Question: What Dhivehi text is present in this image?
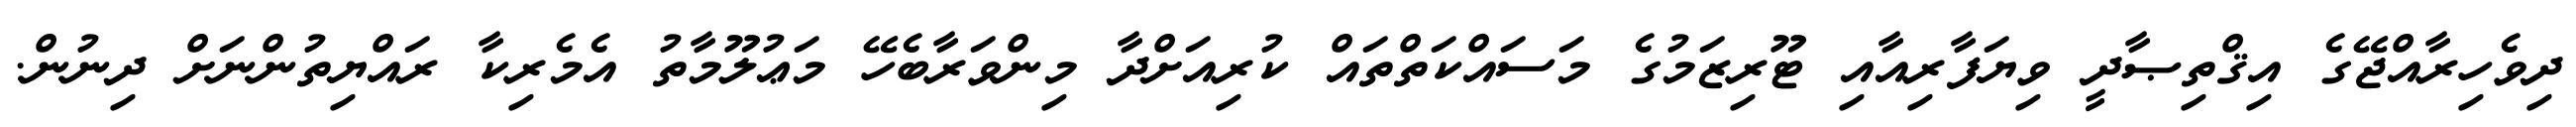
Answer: ދިވެހިރާއްޖޭގެ އިޤްތިޞާދީ ވިޔަފާރިއާއި ޓޫރިޒަމުގެ މަސައްކަތްތައް ކުރިއަށްދާ މިންވަރާބެހޭ މަޢުލޫމާތު އެމެރިކާ ރައްޔިތުންނަށް ދިނުން.